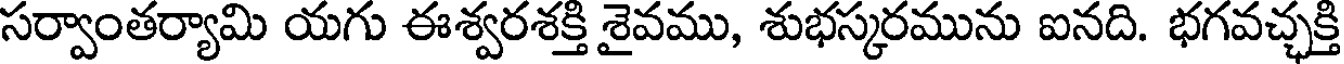
సర్వాంతర్యామి యగు ఈశ్వరశక్తి శైవము, శుభస్కరమును ఐనది. భగవచ్ఛక్తి